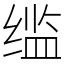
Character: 䍀